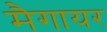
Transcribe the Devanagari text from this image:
मैगायर